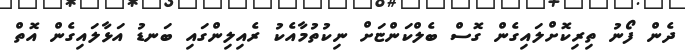
ދެން ފޯނު ތިރިކޮށްލައިގެން ގޮސް ބެލްކަންޏަށް ނިކުތުމާއެކު ރެއިލިންގައި ބަނޑު އަޅާލައިގެން އޮތް